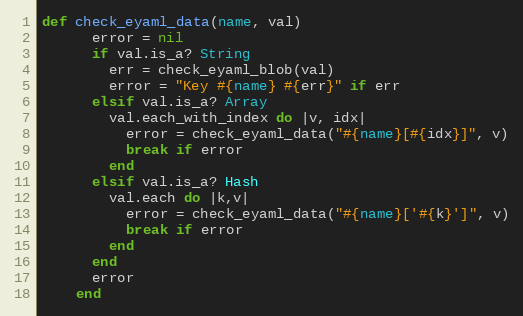
Language: Ruby
def check_eyaml_data(name, val)
      error = nil
      if val.is_a? String
        err = check_eyaml_blob(val)
        error = "Key #{name} #{err}" if err
      elsif val.is_a? Array
        val.each_with_index do |v, idx|
          error = check_eyaml_data("#{name}[#{idx}]", v)
          break if error
        end
      elsif val.is_a? Hash
        val.each do |k,v|
          error = check_eyaml_data("#{name}['#{k}']", v)
          break if error
        end
      end
      error
    end